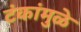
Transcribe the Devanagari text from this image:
टंकांमुळे